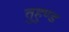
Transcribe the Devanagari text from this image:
तुहुण्ड